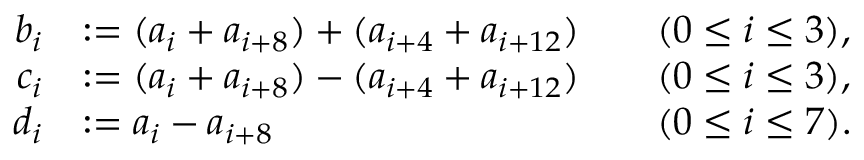
\begin{array} { r l r l r l r } & { } & { b _ { i } } & { : = ( a _ { i } + a _ { i + 8 } ) + ( a _ { i + 4 } + a _ { i + 1 2 } ) } & & { ( 0 \leq i \leq 3 ) , } \\ & { } & { c _ { i } } & { : = ( a _ { i } + a _ { i + 8 } ) - ( a _ { i + 4 } + a _ { i + 1 2 } ) } & & { ( 0 \leq i \leq 3 ) , } \\ & { } & { d _ { i } } & { : = a _ { i } - a _ { i + 8 } } & & { ( 0 \leq i \leq 7 ) . } & \end{array}